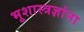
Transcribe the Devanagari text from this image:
भूशास्त्रज्ञांना